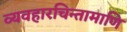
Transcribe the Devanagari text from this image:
व्यवहारचिन्तामाणि